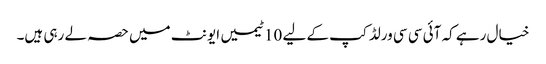
خیال رہے کہ آئی سی سی ورلڈ کپ کے لیے 10 ٹیمیں ایونٹ میں حصہ لے رہی ہیں۔